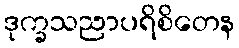
ဒုက္ခသညာပရိစိတေန